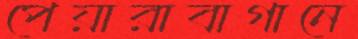
পেয়ারাবাগানে